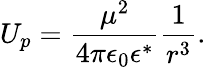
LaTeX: U_{p}=\frac{\mu^{2}}{4\pi\epsilon_{0}\epsilon^{*}}\frac{1}{r^{3}}.